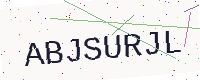
Text: ABJSURJL